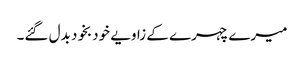
میرے چہرے کے زاویے خودبخود بدل گئے۔